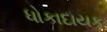
ધોકાદાયક